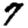
Digit: 7